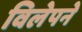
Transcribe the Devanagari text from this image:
विलेपने